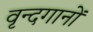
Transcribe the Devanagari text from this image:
वृन्दगानों